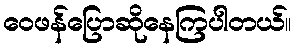
ဝေဖန်ပြောဆိုနေကြပါတယ်။